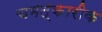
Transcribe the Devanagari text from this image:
चमत्कारीक